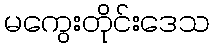
မကွေးတိုင်းဒေသ